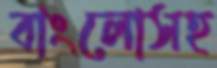
বাংলোসহ